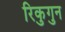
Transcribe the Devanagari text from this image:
रिकुगुन